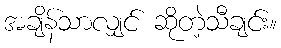
အချိန်သာလျှင် ဆိုတဲ့သီချင်း။